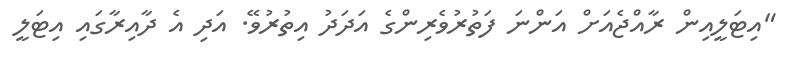
"އިޓަލީއިން ރާއްޖެއަށް އަންނަ ފަތުރުވެރިންގެ އަދަދު އިތުރުވޭ. އަދި އެ ދާއިރާގައި އިޓަލީ